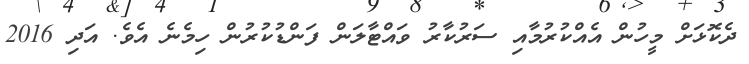
ދެކޮޅަށް މީހުން އެއްކުރުމާއި ސަރުކާރު ވައްޓާލަން ފަންޑުކުރުން ހިމެނެ އެވެ. އަދި 2016